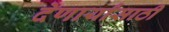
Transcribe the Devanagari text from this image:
देणार्यांसाठी